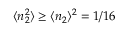
\langle n _ { 2 } ^ { 2 } \rangle \geq \langle n _ { 2 } \rangle ^ { 2 } = 1 / 1 6